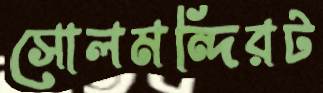
সোলমন্দিরট